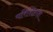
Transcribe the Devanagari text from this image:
परिशिष्टांश